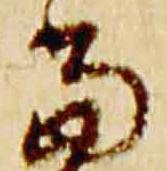
当